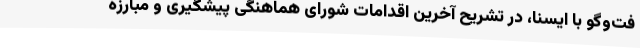
فت‌وگو با ایسنا، در تشریح آخرین اقدامات شورای هماهنگی پیشگیری و مبارزه